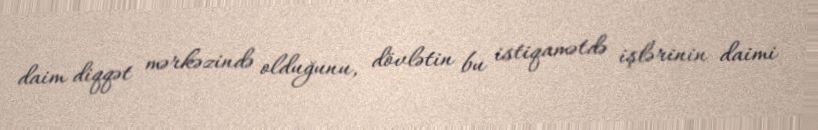
daim diqqət mərkəzində olduğunu, dövlətin bu istiqamətdə işlərinin daimi